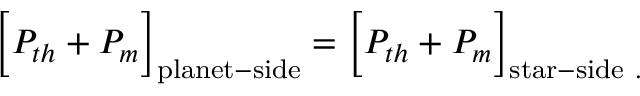
\Big [ P _ { t h } + P _ { m } \Big ] _ { \mathrm { { p l a n e t - s i d e } } } = \Big [ P _ { t h } + P _ { m } \Big ] _ { \mathrm { { s t a r - s i d e } \ . } }